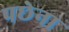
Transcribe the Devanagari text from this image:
पछेना